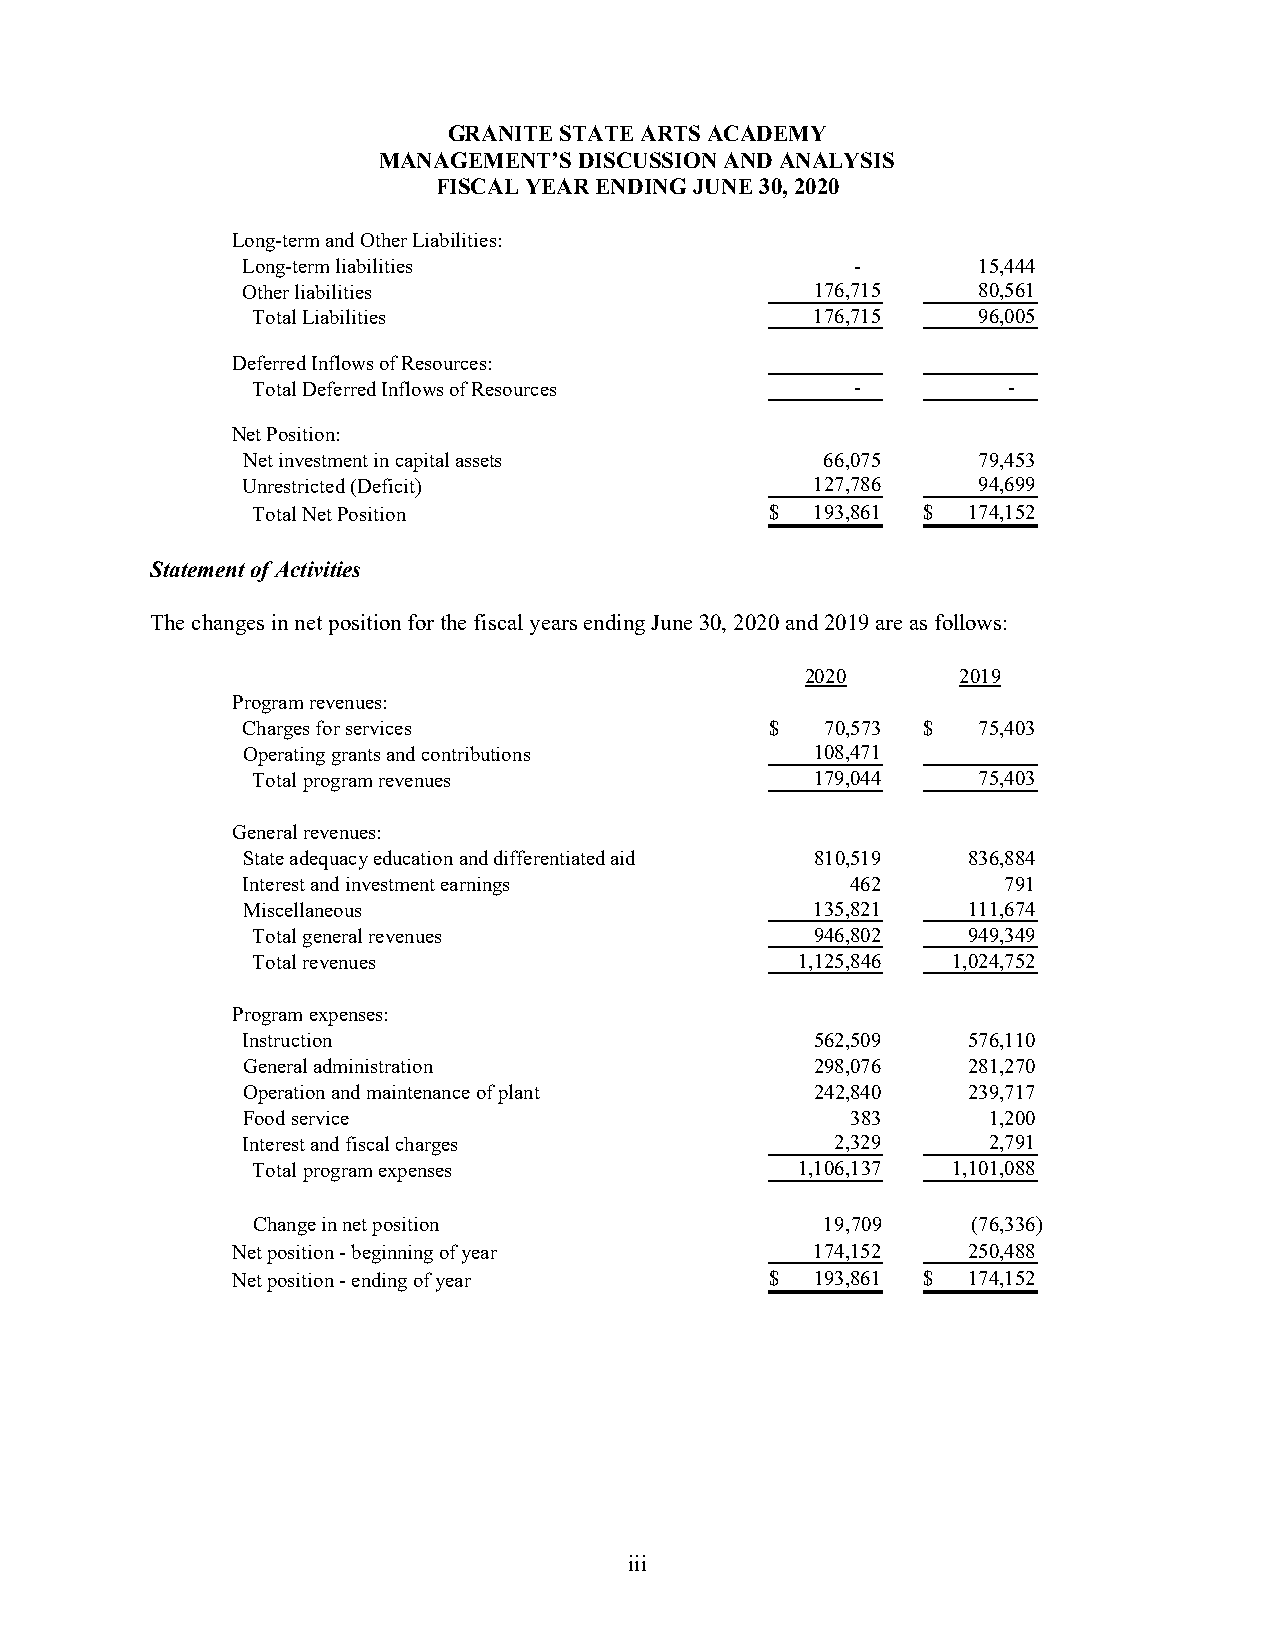
GRANITE STATE ARTS ACADEMY
 MANAGEMENT’S DISCUSSION AND ANALYSIS
 FISCAL YEAR ENDING JUNE 30, 2020
 Long-term and Other Liabilities:
 Long-term liabilities                    -       15,444
 Other liabilities                     176,715    80,561
 Total Liabilities                    176,715    96,005
 Deferred Inflows of Resources:
 Total Deferred Inflows of Resources     -         -
 Net Position:
 Net investment in capital assets       66,075    79,453
 Unrestricted (Deficit)                127,786    94,699
 Total Net Position                $  193,861 $ 174,152
 Statement of Activities
 The changes in net position for the fiscal years ending June 30, 2020 and 2019 are as follows:
 2020       2019
 Program revenues:
 Charges for services               $   70,573 $  75,403
 Operating grants and contributions    108,471
 Total program revenues               179,044    75,403
 General revenues:
 State adequacy education and differentiated aid 810,519 836,884
 Interest and investment earnings        462       791
 Miscellaneous                         135,821   111,674
 Total general revenues               946,802   949,349
 Total revenues                      1,125,846 1,024,752
 Program expenses:
 Instruction                           562,509   576,110
 General administration                298,076   281,270
 Operation and maintenance of plant    242,840   239,717
 Food service                            383      1,200
 Interest and fiscal charges            2,329     2,791
 Total program expenses              1,106,137 1,101,088
 Change in net position                19,709   (76,336)
 Net position - beginning of year       174,152   250,488
 Net position - ending of year       $  193,861 $ 174,152
 i ii